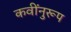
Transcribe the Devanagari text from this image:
कवींनुरूप